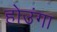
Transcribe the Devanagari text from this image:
होउंगा